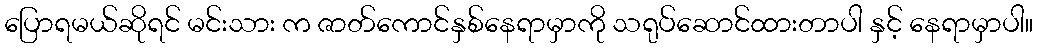
ပြောရမယ်ဆိုရင် မင်းသား က ဇာတ်ကောင်နှစ်နေရာမှာကို သရုပ်ဆောင်ထားတာပါ နှင့် နေရာမှာပါ။